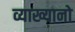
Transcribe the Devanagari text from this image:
व्याख्यानो